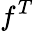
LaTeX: f^{T}